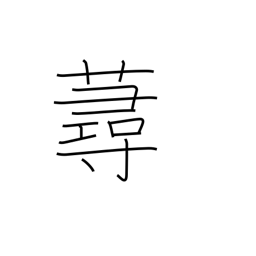
Meaning: a kind of grass